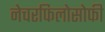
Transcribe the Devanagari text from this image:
नेचरफिलोसोफी